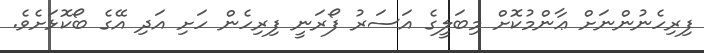
ފިރިހެނުންނަށް ޢާންމުކޮށް މިބަލީގެ އަސަރު ފޯރަނީ ފިރިހެން ހަށި އަދި އޭގެ ބޯކޮޅަށެވެ.